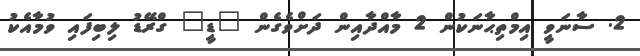
2. ސާނަވީ އިމްތިޙާނަކުން 2 މާއްދާއިން ދަށްވެގެން "ޑީ" ގްރޭޑު ލިބިފައި ވުމާއެކު